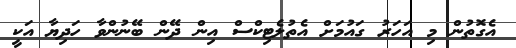
އެގޮތުން މި އަހަރު ގައުމަށް އެތުލެޓިކްސް އިން ދޭން ބޭނުންވާ ހަދިޔާ އަކީ